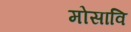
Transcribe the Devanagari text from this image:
मोसावि